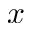
x